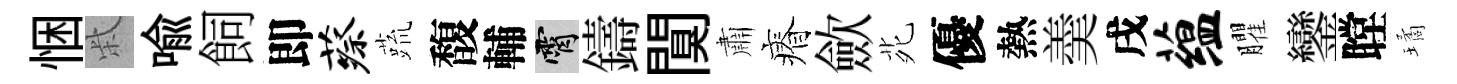
悃柴喻飼即蔡蔬馥輔霄鑄闃肅瘠歛𫟍優熱羮戌蕴臞鑾瞠璚